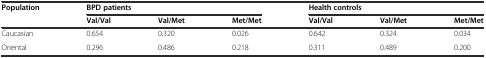
<table><thead><tr><td><b>Population</b></td><td colspan="3"><b>BPD patients</b></td><td colspan="3"><b>Health controls</b></td></tr><tr><td></td><td><b>Val/Val</b></td><td><b>Val/Met</b></td><td><b>Met/Met</b></td><td><b>Val/Val</b></td><td><b>Val/Met</b></td><td><b>Met/Met</b></td></tr></thead><tbody><tr><td>Caucasian</td><td>0.654</td><td>0.320</td><td>0.026</td><td>0.642</td><td>0.324</td><td>0.034</td></tr><tr><td>Oriental</td><td>0.296</td><td>0.486</td><td>0.218</td><td>0.311</td><td>0.489</td><td>0.200</td></tr></tbody></table>